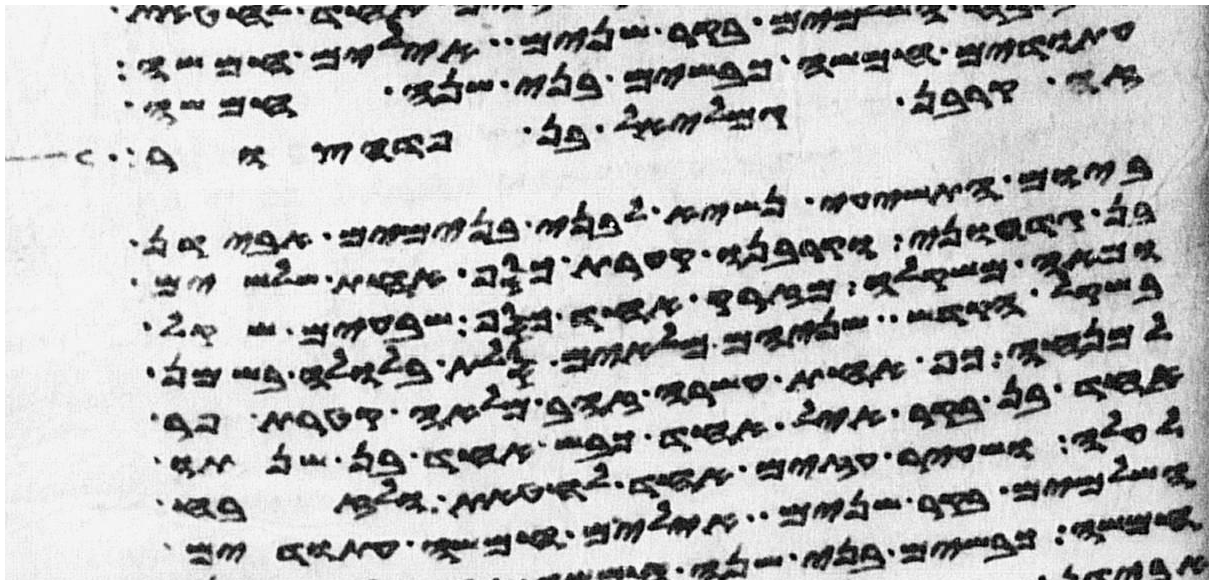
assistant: עתודים חמשה כבשים בני שנה חמשה
זה קרבן גמלאל בן פדהצור
ביום התשעי נשיא לבני בנימים אבידן
בן גדעוני וקרבנו קערת כסף אחת שלשים
ומאה משקלה מזרק אחד כסף שבעים שקל
בשקל הקדש שניהם מלאים סלת בלולה בשמן
למנחה כף אחת עשרה זהב מלאה קטרת פר
אחד בן בקר איל אחד כבש אחד בן שנתו
לעלה ושעיר עזים אחד לחטאת ולזבח
השלמים בקר שנים אילים חמשה עתודים